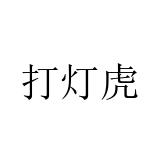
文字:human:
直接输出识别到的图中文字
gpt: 打灯虎